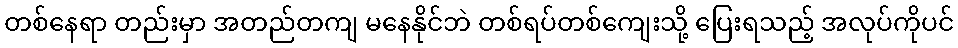
တစ်နေရာ တည်းမှာ အတည်တကျ မနေနိုင်ဘဲ တစ်ရပ်တစ်ကျေးသို့ ပြေးရသည့် အလုပ်ကိုပင်